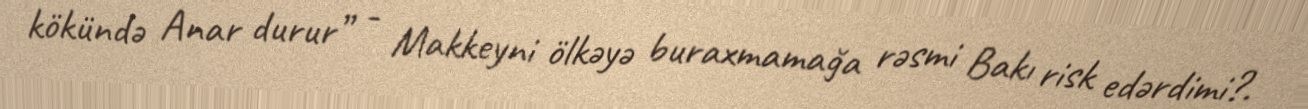
kökündə Anar durur” - Makkeyni ölkəyə buraxmamağa rəsmi Bakı risk edərdimi?.